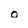
Character: 0